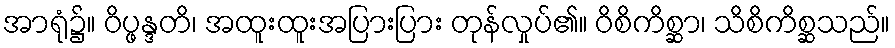
အာရုံ၌။ ဝိပ္ဖန္ဒတိ၊ အထူးထူးအပြားပြား တုန်လှုပ်၏။ ဝိစိကိစ္ဆာ၊ သိစိကိစ္ဆသည်။